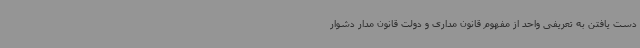
دست یافتن به تعریفی واحد از مفهوم قانون مداری و دولت قانون مدار دشوار